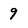
Character: 9